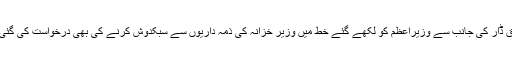
اسحاق ڈار کی جانب سے وزیراعظم کو لکھے گئے خط میں وزیر خزانہ کی ذمہ داریوں سے سبکدوش کرنے کی بھی درخواست کی گئی ہے۔